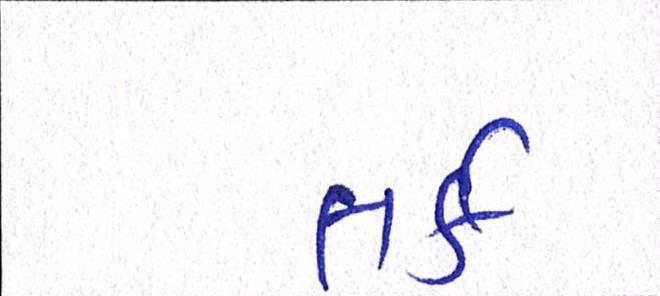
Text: તર્ક